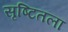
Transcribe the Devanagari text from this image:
सृष्टितला